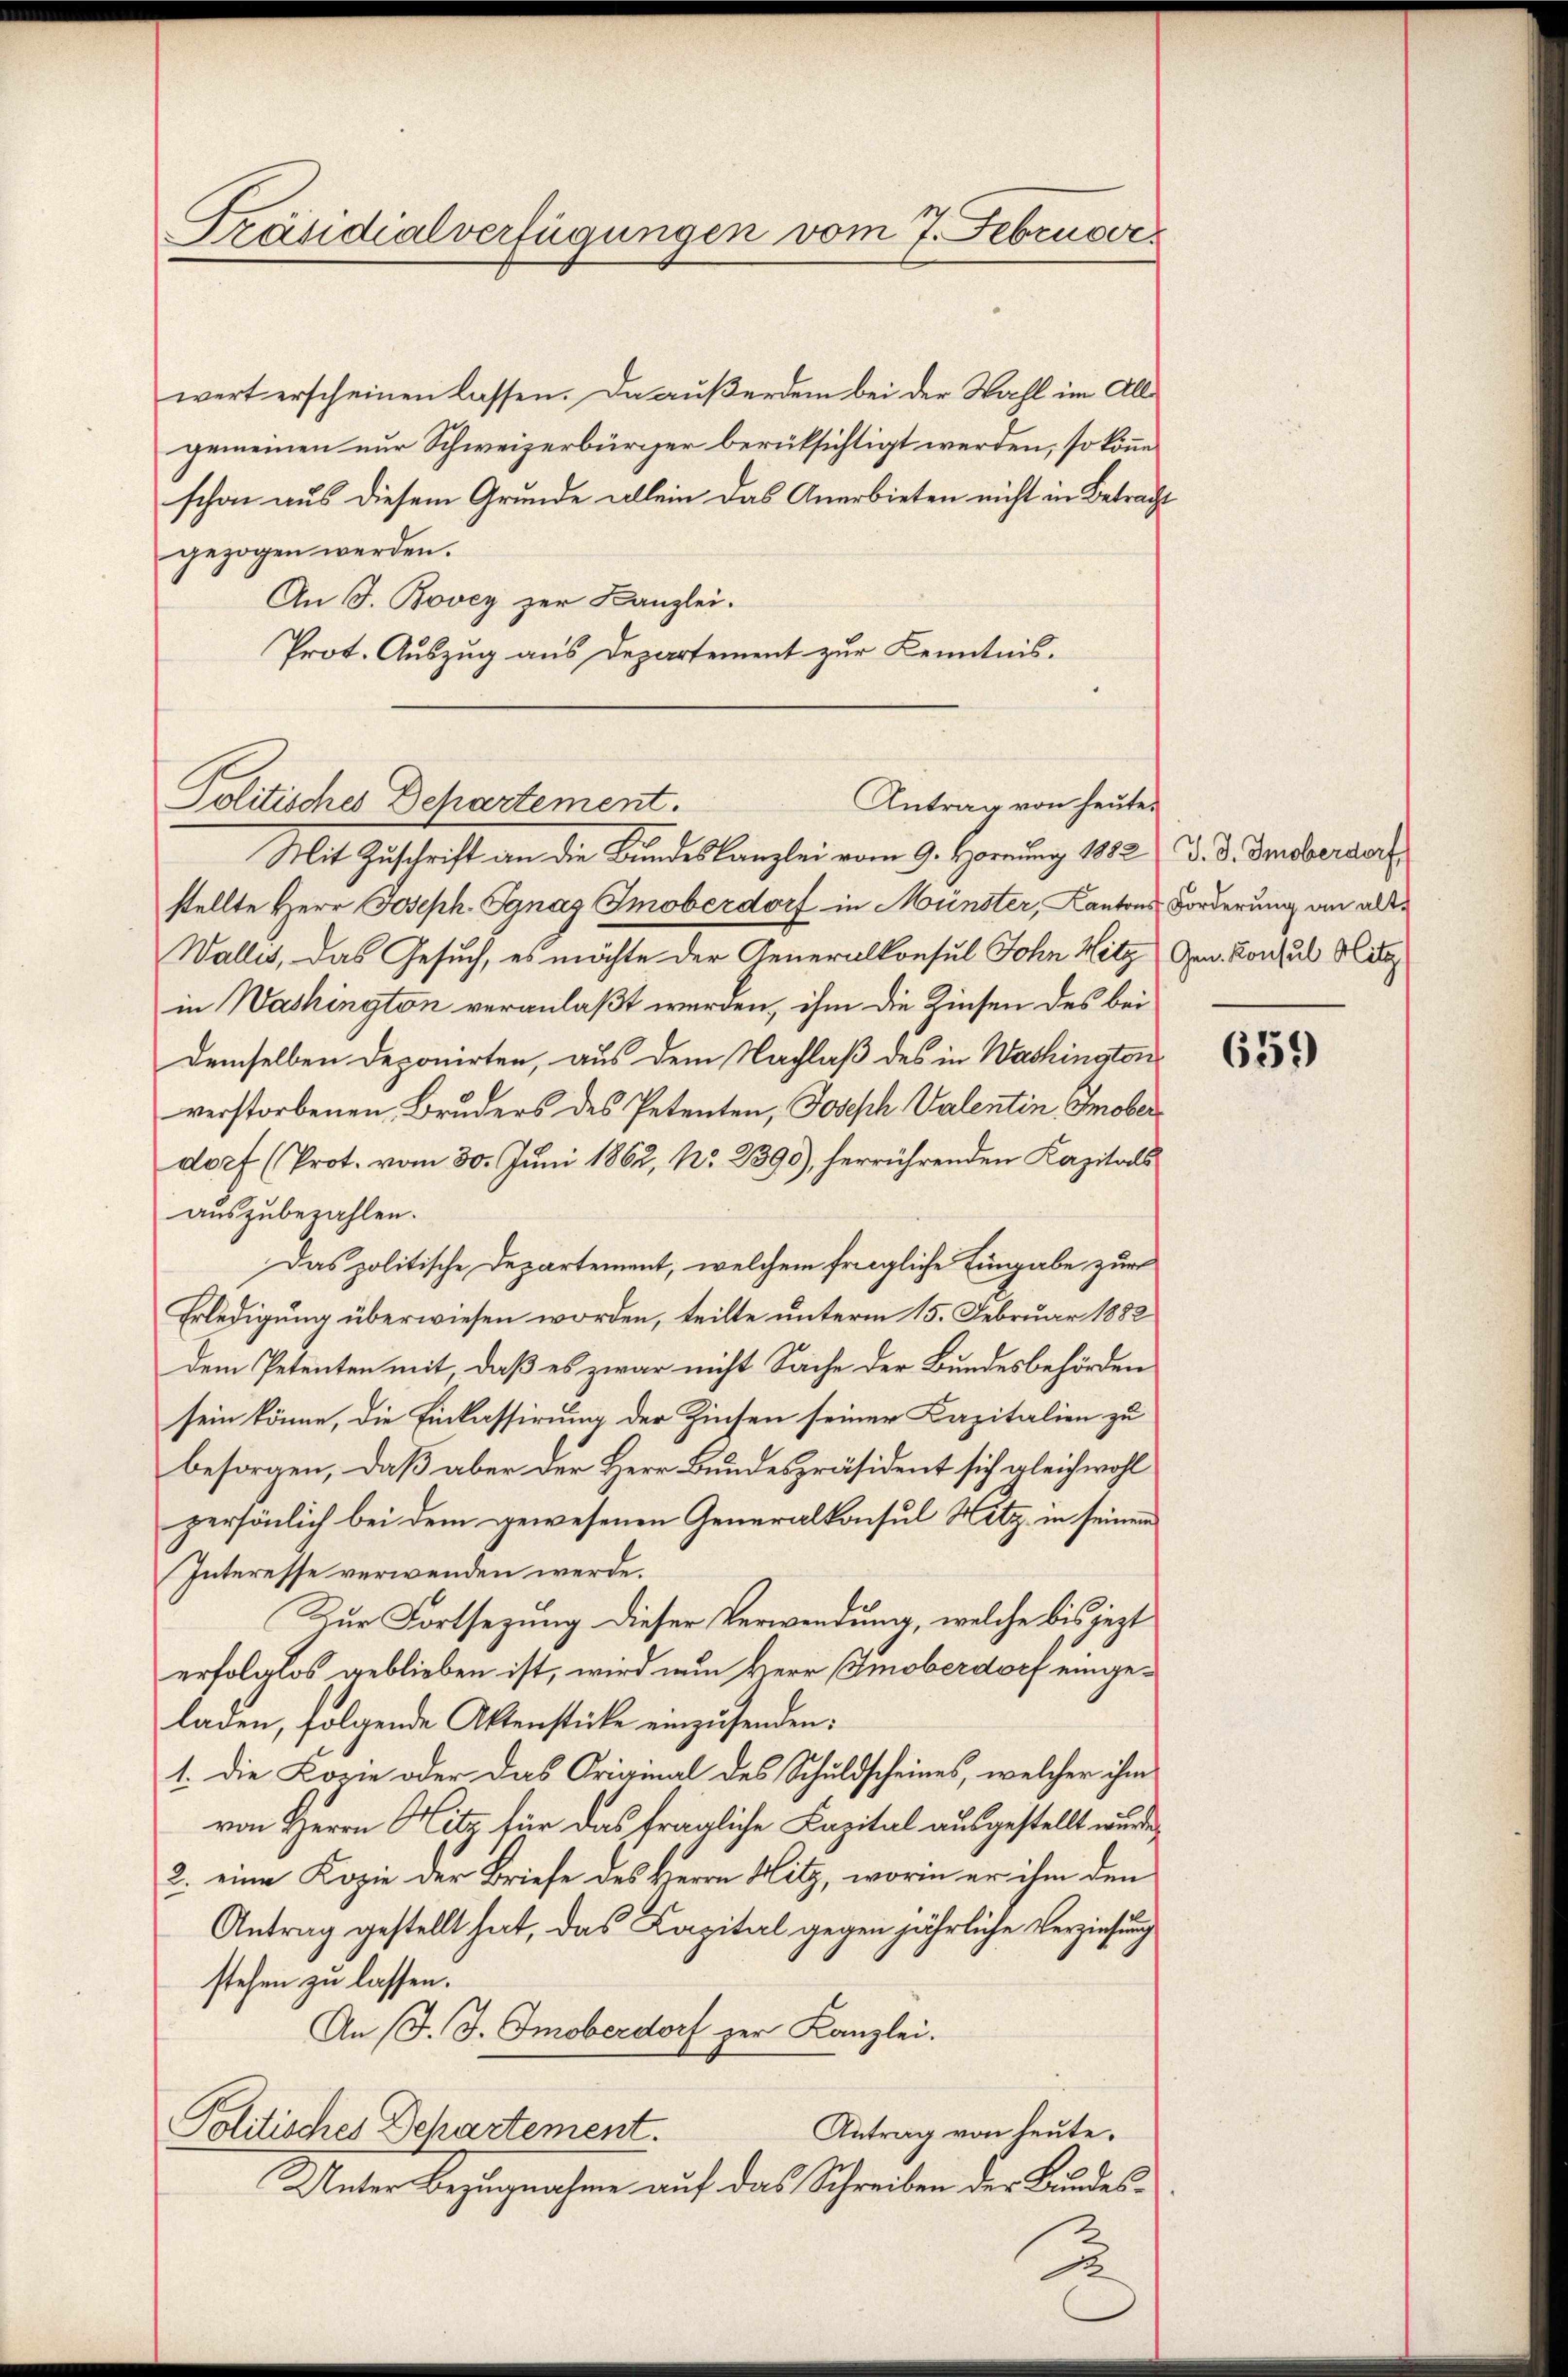
Präsidialverfügungen vom 7. Februar

wert erscheinen lassen. Da außerdem bei der Wahl im Allgemeinen nur Schweizerbürger berüksichtigt werden, so könne
schon aus diesem Grunde allein das Anerbieten nicht in Betracht
gezogen werden.
An J. Bovey zur Kanzlei.
Prot. Auszug aus Departement zur Kenntnis.

Politische Dchartement.
Antrag von heute.

Mit Zuschrift an die Bundeskanzlei vom 9. Hornung 1882 & d. d. Insberdorf
stellte Herr Joseph Ignaz Imoberdorf in Münster, Kantons Forderung an all¬
Wallis, das Gesuch, es möchte der Generalkonsul John Hitz Gen. Konsul Hit
in Washington veranlaßt werden, ihm die Zinsen des bei
demselben Deponirten, aus dem Nachlaß des in Washington
verstorbenen Bruders des Petenten, Joseph Valentin Emoberdorf (Prot. vom 30. Juni 1862, No 2390), herrührenden Kapitals
auszubezahlen.
Das politische Departement, welchem fragliche Eingabe zur
Erledigung überwiesen worden, teilte unterm 15. Februar 1882
dem Petenten mit, daß es zwar nicht Sache der Bundesbehörden
sein könne, die Einkassirung der Zinsen seiner Kapitalien zu
besorgen, daß aber der Herr Bundespräsident sich gleichwohl
persönlich bei dem gewesenen Generalkonsul Hitz in seinem
Interesse verwenden werde.
Zur Fortsezung dieser Verwendung, welche bis jezt
erfolglos geblieben ist, wird nun Herr Amoberdorf eingeladen, folgende Aktenstücke einzusenden:
1. Die Lorie oder das Original des Schuldscheines, welcher ihm
von Herrn Hitz für das fragliche Capital ausgestellt wurde,
2. eine Kopie der Briefe des Herrn Hitz, worin er ihm den
Antrag gestellt hat, das Kapital gegen jährliche Verziehung
stehen zu lassen.
An J. J. Smoberdorf zur Kanzlei.
Antrag von heute.
Politisches Departement.
Unter Bezugnahme auf das Schreiben der Bundes¬

.

659